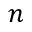
n